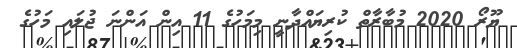
ޔޫރޯ 2020 މުބާރާތް ކުރިޔައްދާނީ މިމަހުގެ 11 އިން އަންނަ ޖުލައި މަހުގެ